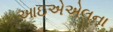
આઇએએલના